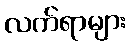
လက်ရာများ